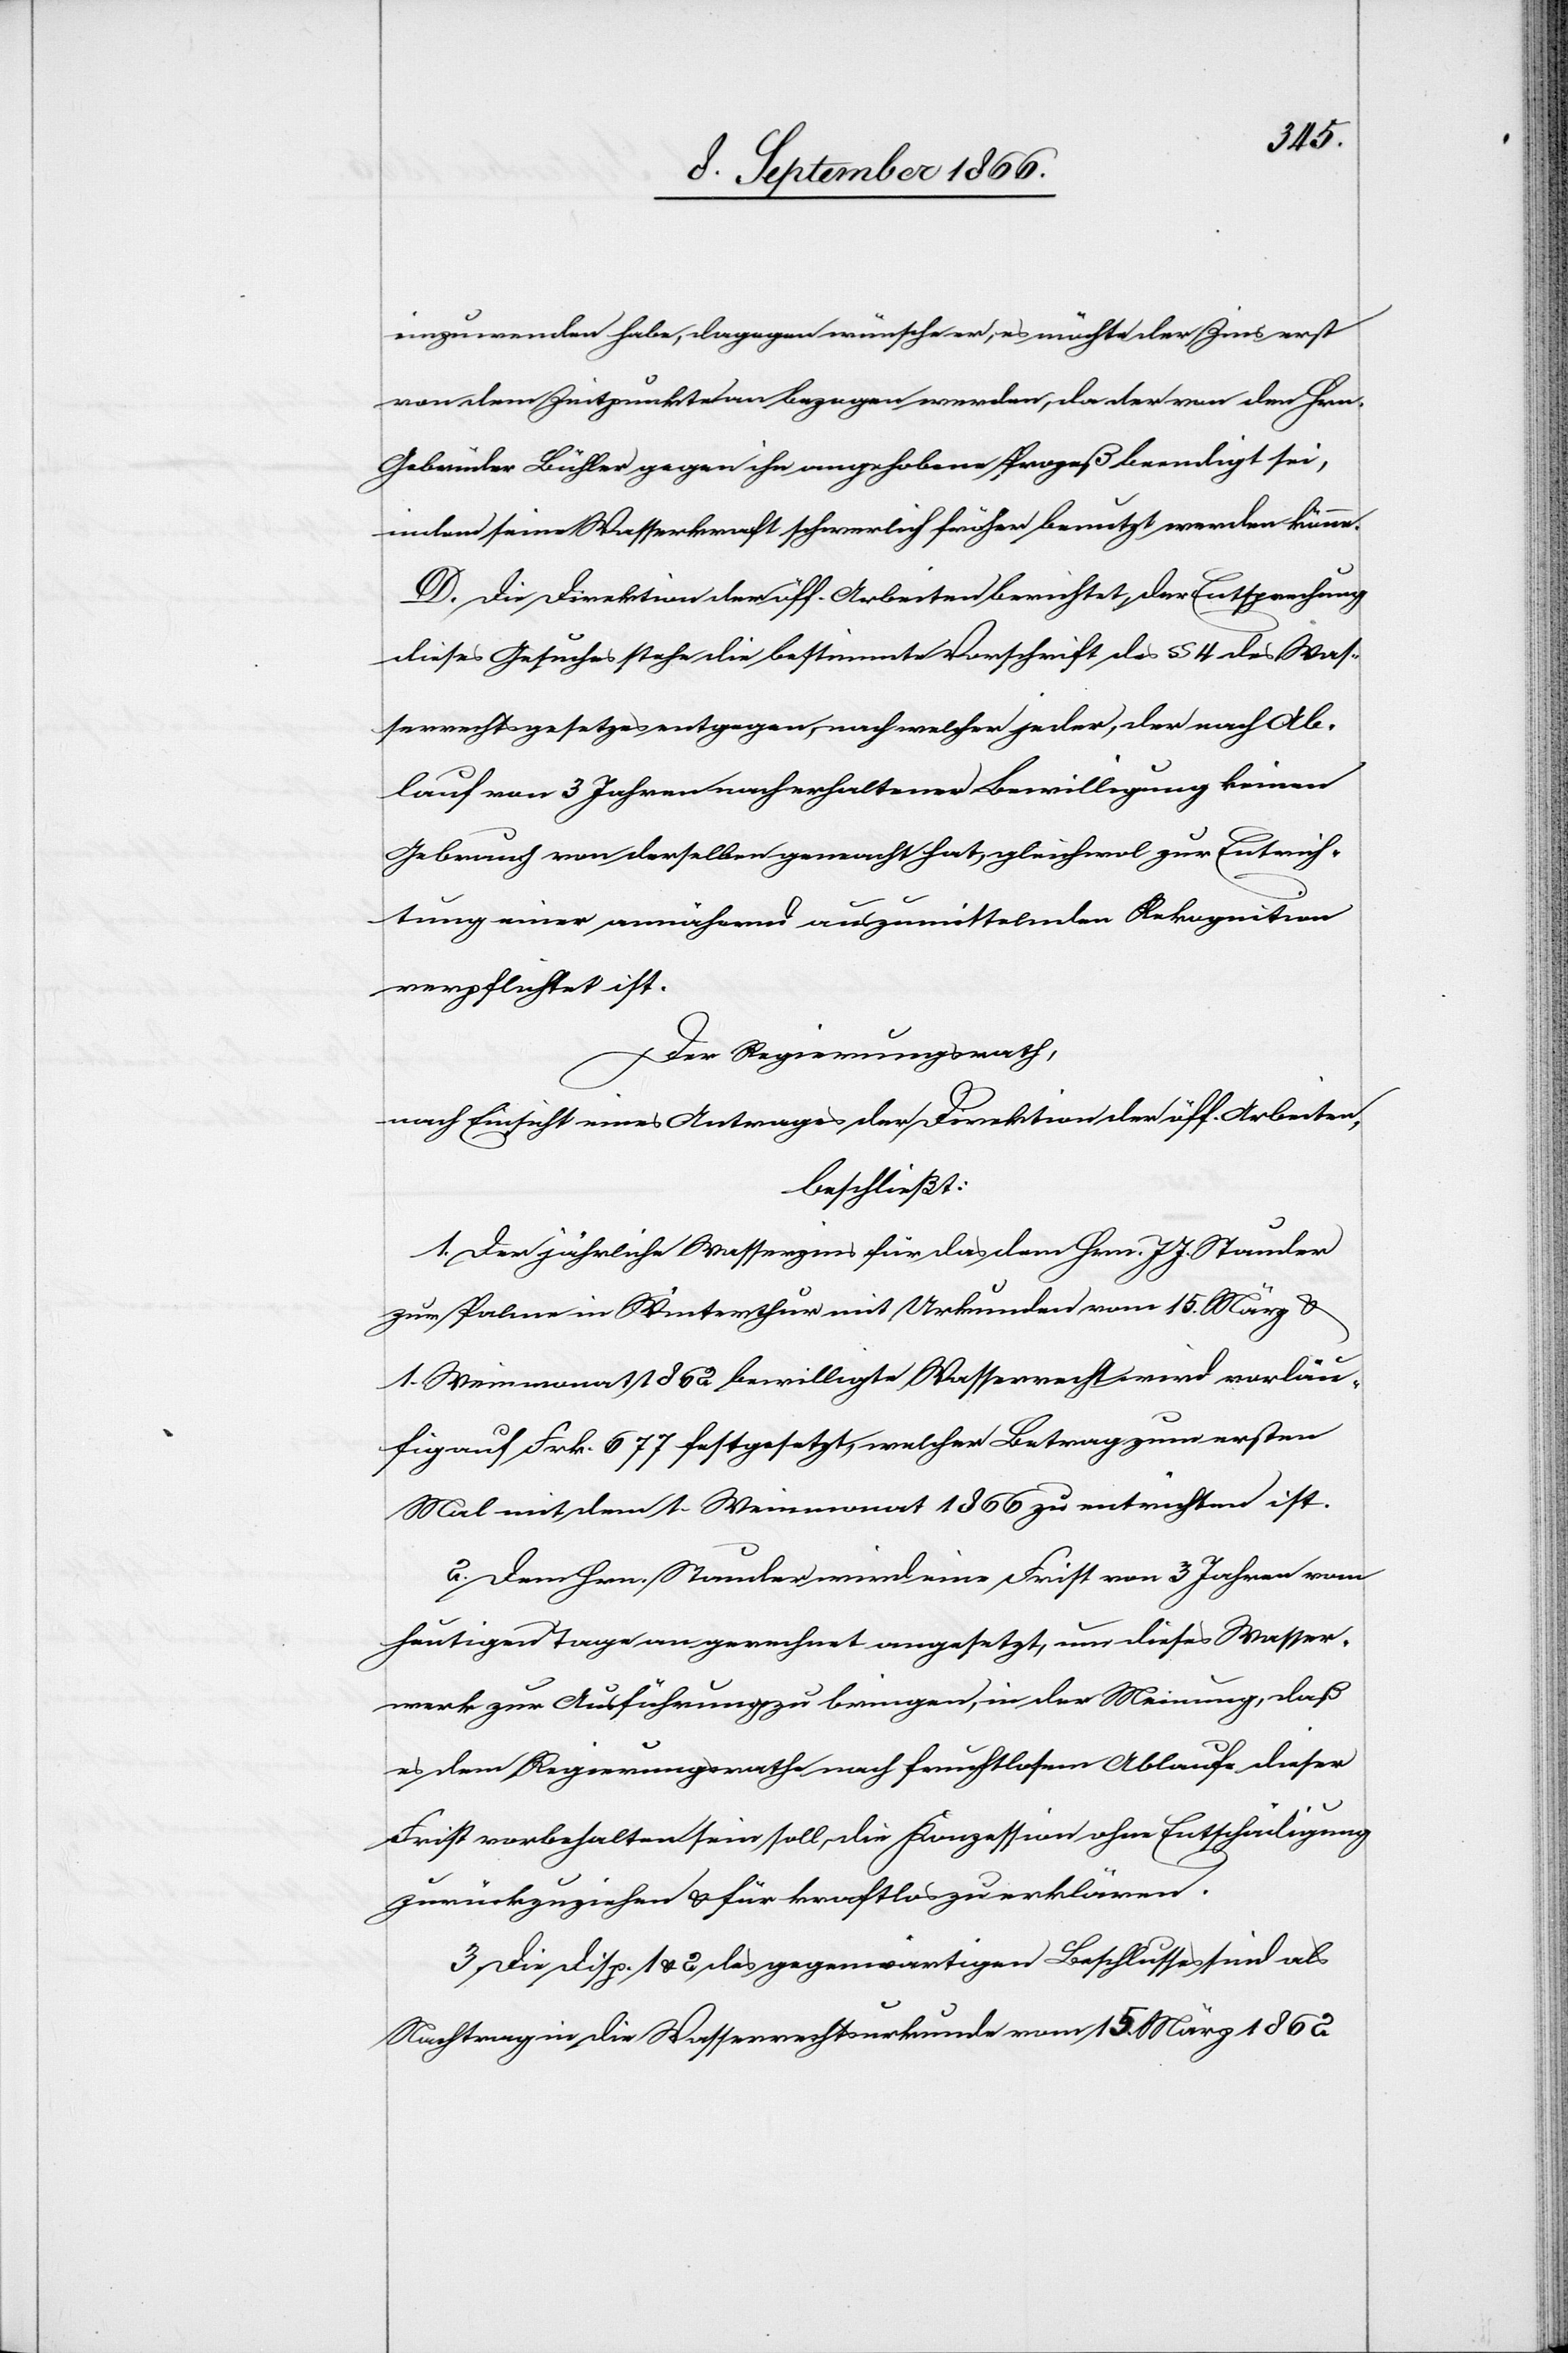
einzuwenden habe, dagegen wünsche er, es möchte der Zins erst
von dem Zeitpunkte an bezogen werden, da der von den Hrn.
Gebrüder Bühler gegen ihn angehobene Prozeß beendigt sei,
indem seine Wasserkraft schwerlich früher benutzt werden könne.
D. Die Direktion der öff. Arbeiten berichtet, der Entsprechung
dieses Gesuches stehe die bestimmte Vorschrift des § 4 des Was¬
serrechtsgesetzes entgegen, nach welcher jeder, der nach Ab¬
lauf von 3 Jahren nach erhaltener Bewilligung keinen
Gebrauch von derselben gemacht hat, gleichwol zur Entrich¬
tung einer annähernd auszumittelnden Rekognition
verpflichtet ist.
Der Regierungsrath,
nach Einsicht eines Antrages der Direktion der öff. Arbeiten,
beschließt:
1. Der jährliche Wasserzins für das dem Hrn. J. J. Stauder
zur Palme in Winterthur mit Urkunden vom 15. März u.
1. Weinmonat 1862 bewilligte Wasserrecht wird vorläu¬
fig auf Frk. 677 festgesetzt, welcher Betrag zum ersten
Mal mit dem 1. Weinmonat 1866 zu entrichten ist.
2. Dem Hrn. Stauder wird eine Frist von 3 Jahren vom
heutigen Tage an gerechnet angesetzt, um dieses Wasser¬
werk zur Ausführung zu bringen, in der Meinung, daß
es dem Regierungsrathe nach fruchtlosem Ablaufe dieser
Frist vorbehalten sein soll, die Konzession ohne Entschädigung
zurückzuziehen u. für kraftlos zu erklären.
3. Die Disp. 1 u. 2 des gegenwärtigen Beschlusses sind als
Nachtrag in die Wasserrechtsurkunde vom 15. März 1862